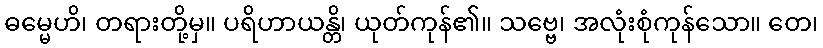
ဓမ္မေဟိ၊ တရားတို့မှ။ ပရိဟာယန္တိ၊ ယုတ်ကုန်၏။ သဗ္ဗေ၊ အလုံးစုံကုန်သော။ တေ၊